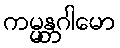
ကမ္မန္တဂါမော